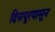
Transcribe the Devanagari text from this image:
दिसपूरपासून